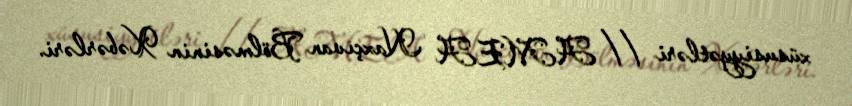
xüsusiyyətləri // AMEA Naxçıvan Bölməsinin Xəbərləri.